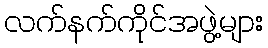
လက်နက်ကိုင်အဖွဲ့များ